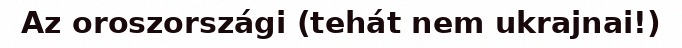
Az oroszországi (tehát nem ukrajnai!)